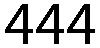
444